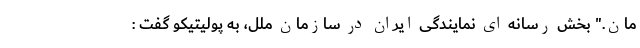
مان." بخش رسانه ای نمایندگی ایران در سازمان ملل، به پولیتیکو گفت :